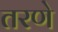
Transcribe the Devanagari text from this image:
तरणे